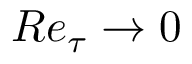
R e _ { \tau } \rightarrow 0